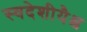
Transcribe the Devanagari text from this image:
स्वदेशीयैश्च